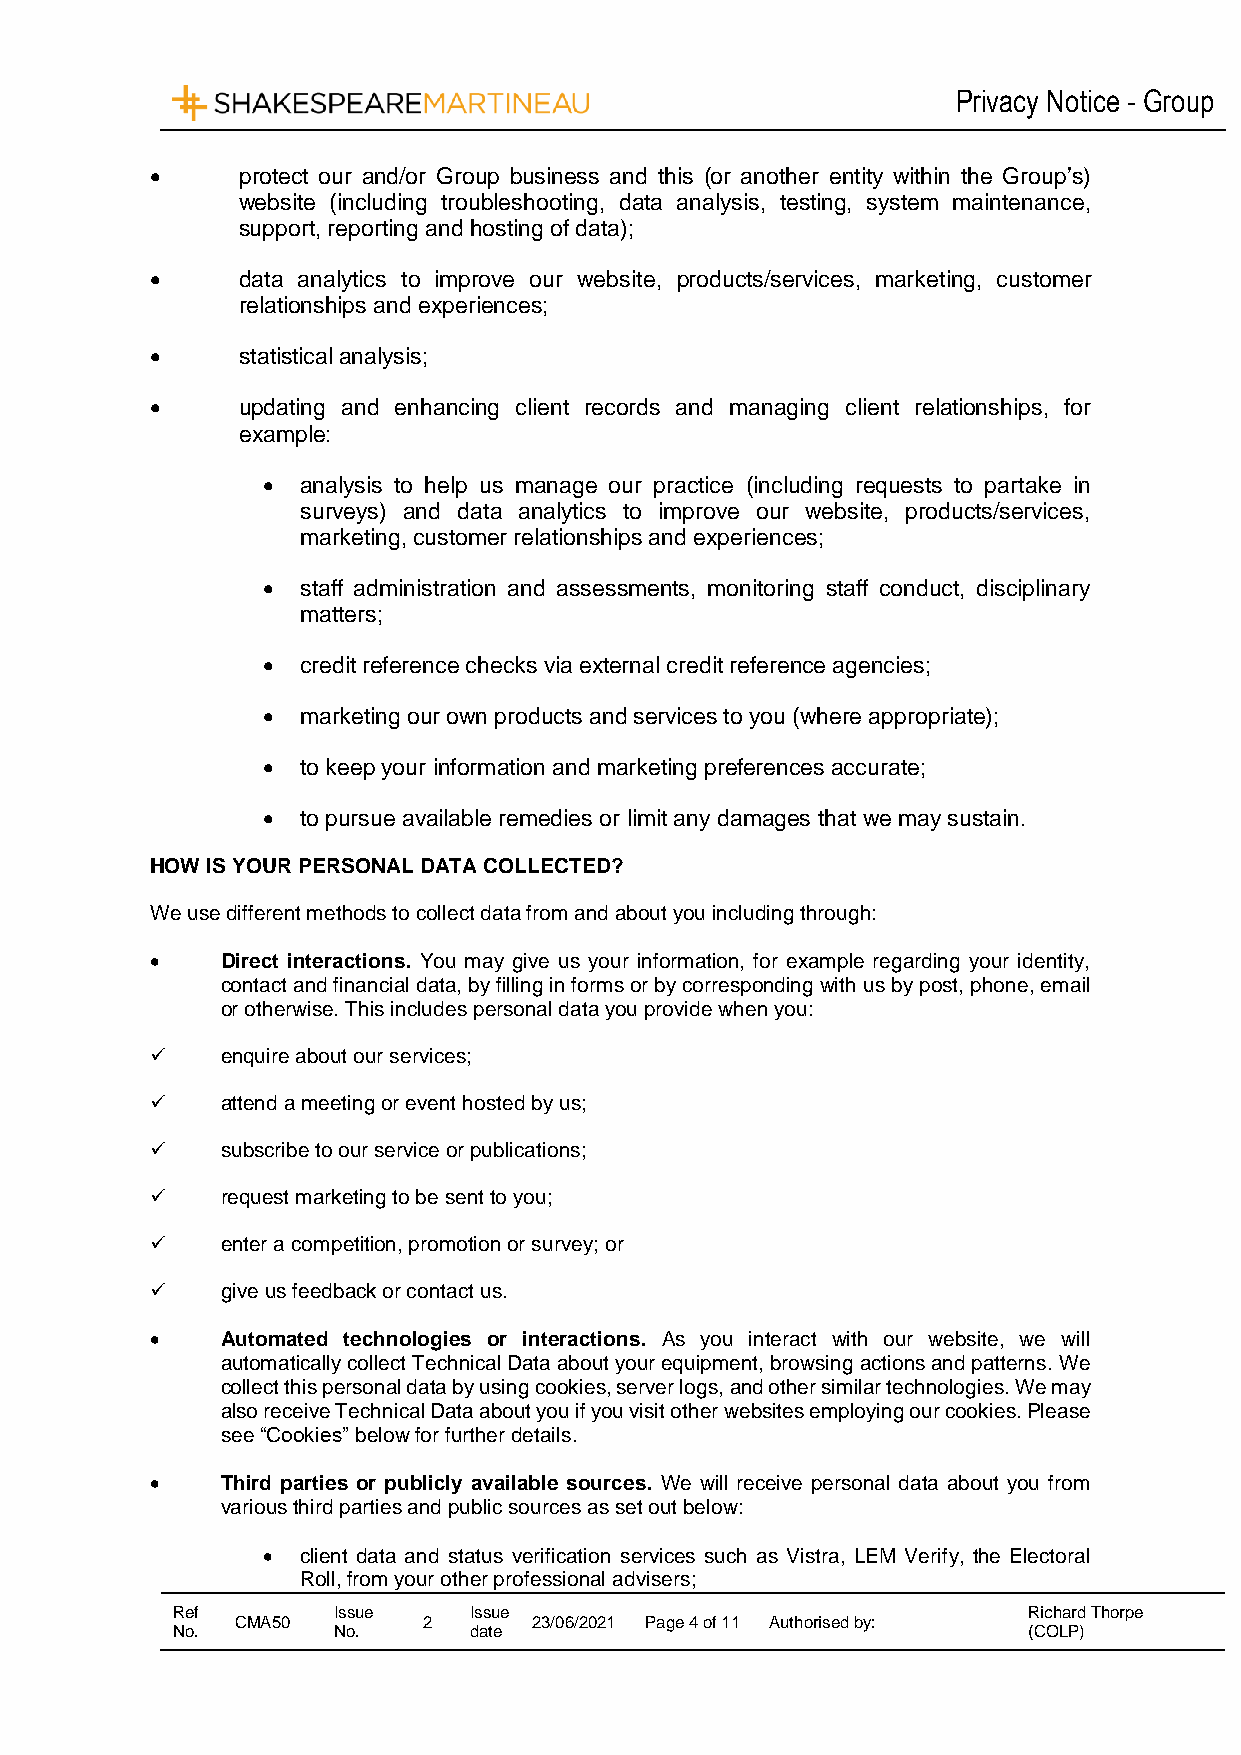
Privacy Notice - Group
      protect our and/or Group business and this (or another entity within the Group’s)
 website (including troubleshooting, data analysis, testing, system maintenance,
 support, reporting and hosting of data);
      data analytics to improve our website, products/services, marketing, customer
 relationships and experiences;
      statistical analysis;
      updating and enhancing client records and managing client relationships, for
 example:
   analysis to help us manage our practice (including requests to partake in
 surveys) and data analytics to improve our website, products/services,
 marketing, customer relationships and experiences;
   staff administration and assessments, monitoring staff conduct, disciplinary
 matters;
   credit reference checks via external credit reference agencies;
   marketing our own products and services to you (where appropriate);
   to keep your information and marketing preferences accurate;
   to pursue available remedies or limit any damages that we may sustain.
 HOW IS YOUR PERSONAL DATA COLLECTED?
 We use different methods to collect data from and about you including through:
     Direct interactions. You may give us your information, for example regarding your identity,
 contact and financial data, by filling in forms or by corresponding with us by post, phone, email
 or otherwise. This includes personal data you provide when you:
     enquire about our services;
     attend a meeting or event hosted by us;
     subscribe to our service or publications;
     request marketing to be sent to you;
     enter a competition, promotion or survey; or
     give us feedback or contact us.
     Automated technologies or interactions. As you interact with our website, we will
 automatically collect Technical Data about your equipment, browsing actions and patterns. We
 collect this personal data by using cookies, server logs, and other similar technologies. We may
 also receive Technical Data about you if you visit other websites employing our cookies. Please
 see “Cookies” below for further details.
     Third parties or publicly available sources. We will receive personal data about you from
 various third parties and public sources as set out below:
   client data and status verification services such as Vistra, LEM Verify, the Electoral
 Roll, from your other professional advisers;
 Ref        Issue    Issue                                Richard Thorpe
 CMA50       2      23/06/2021 Page 4 of 11 Authorised by:
 No.        No.      date                                 (COLP)